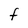
Character: f